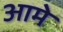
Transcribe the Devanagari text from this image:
आमे